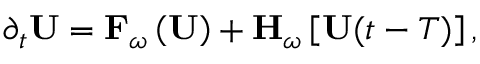
\partial _ { t } \mathbf { U } = \mathbf { F } _ { \omega } \left( \mathbf { U } \right) + \mathbf { H } _ { \omega } \left[ \mathbf { U } { ( t - T ) } \right] ,